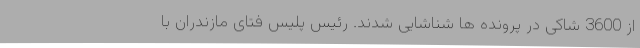
از 3600 شاکی در پرونده ها شناشایی شدند. رئیس پلیس فتای مازندران با